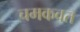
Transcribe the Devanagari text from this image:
चमकवत